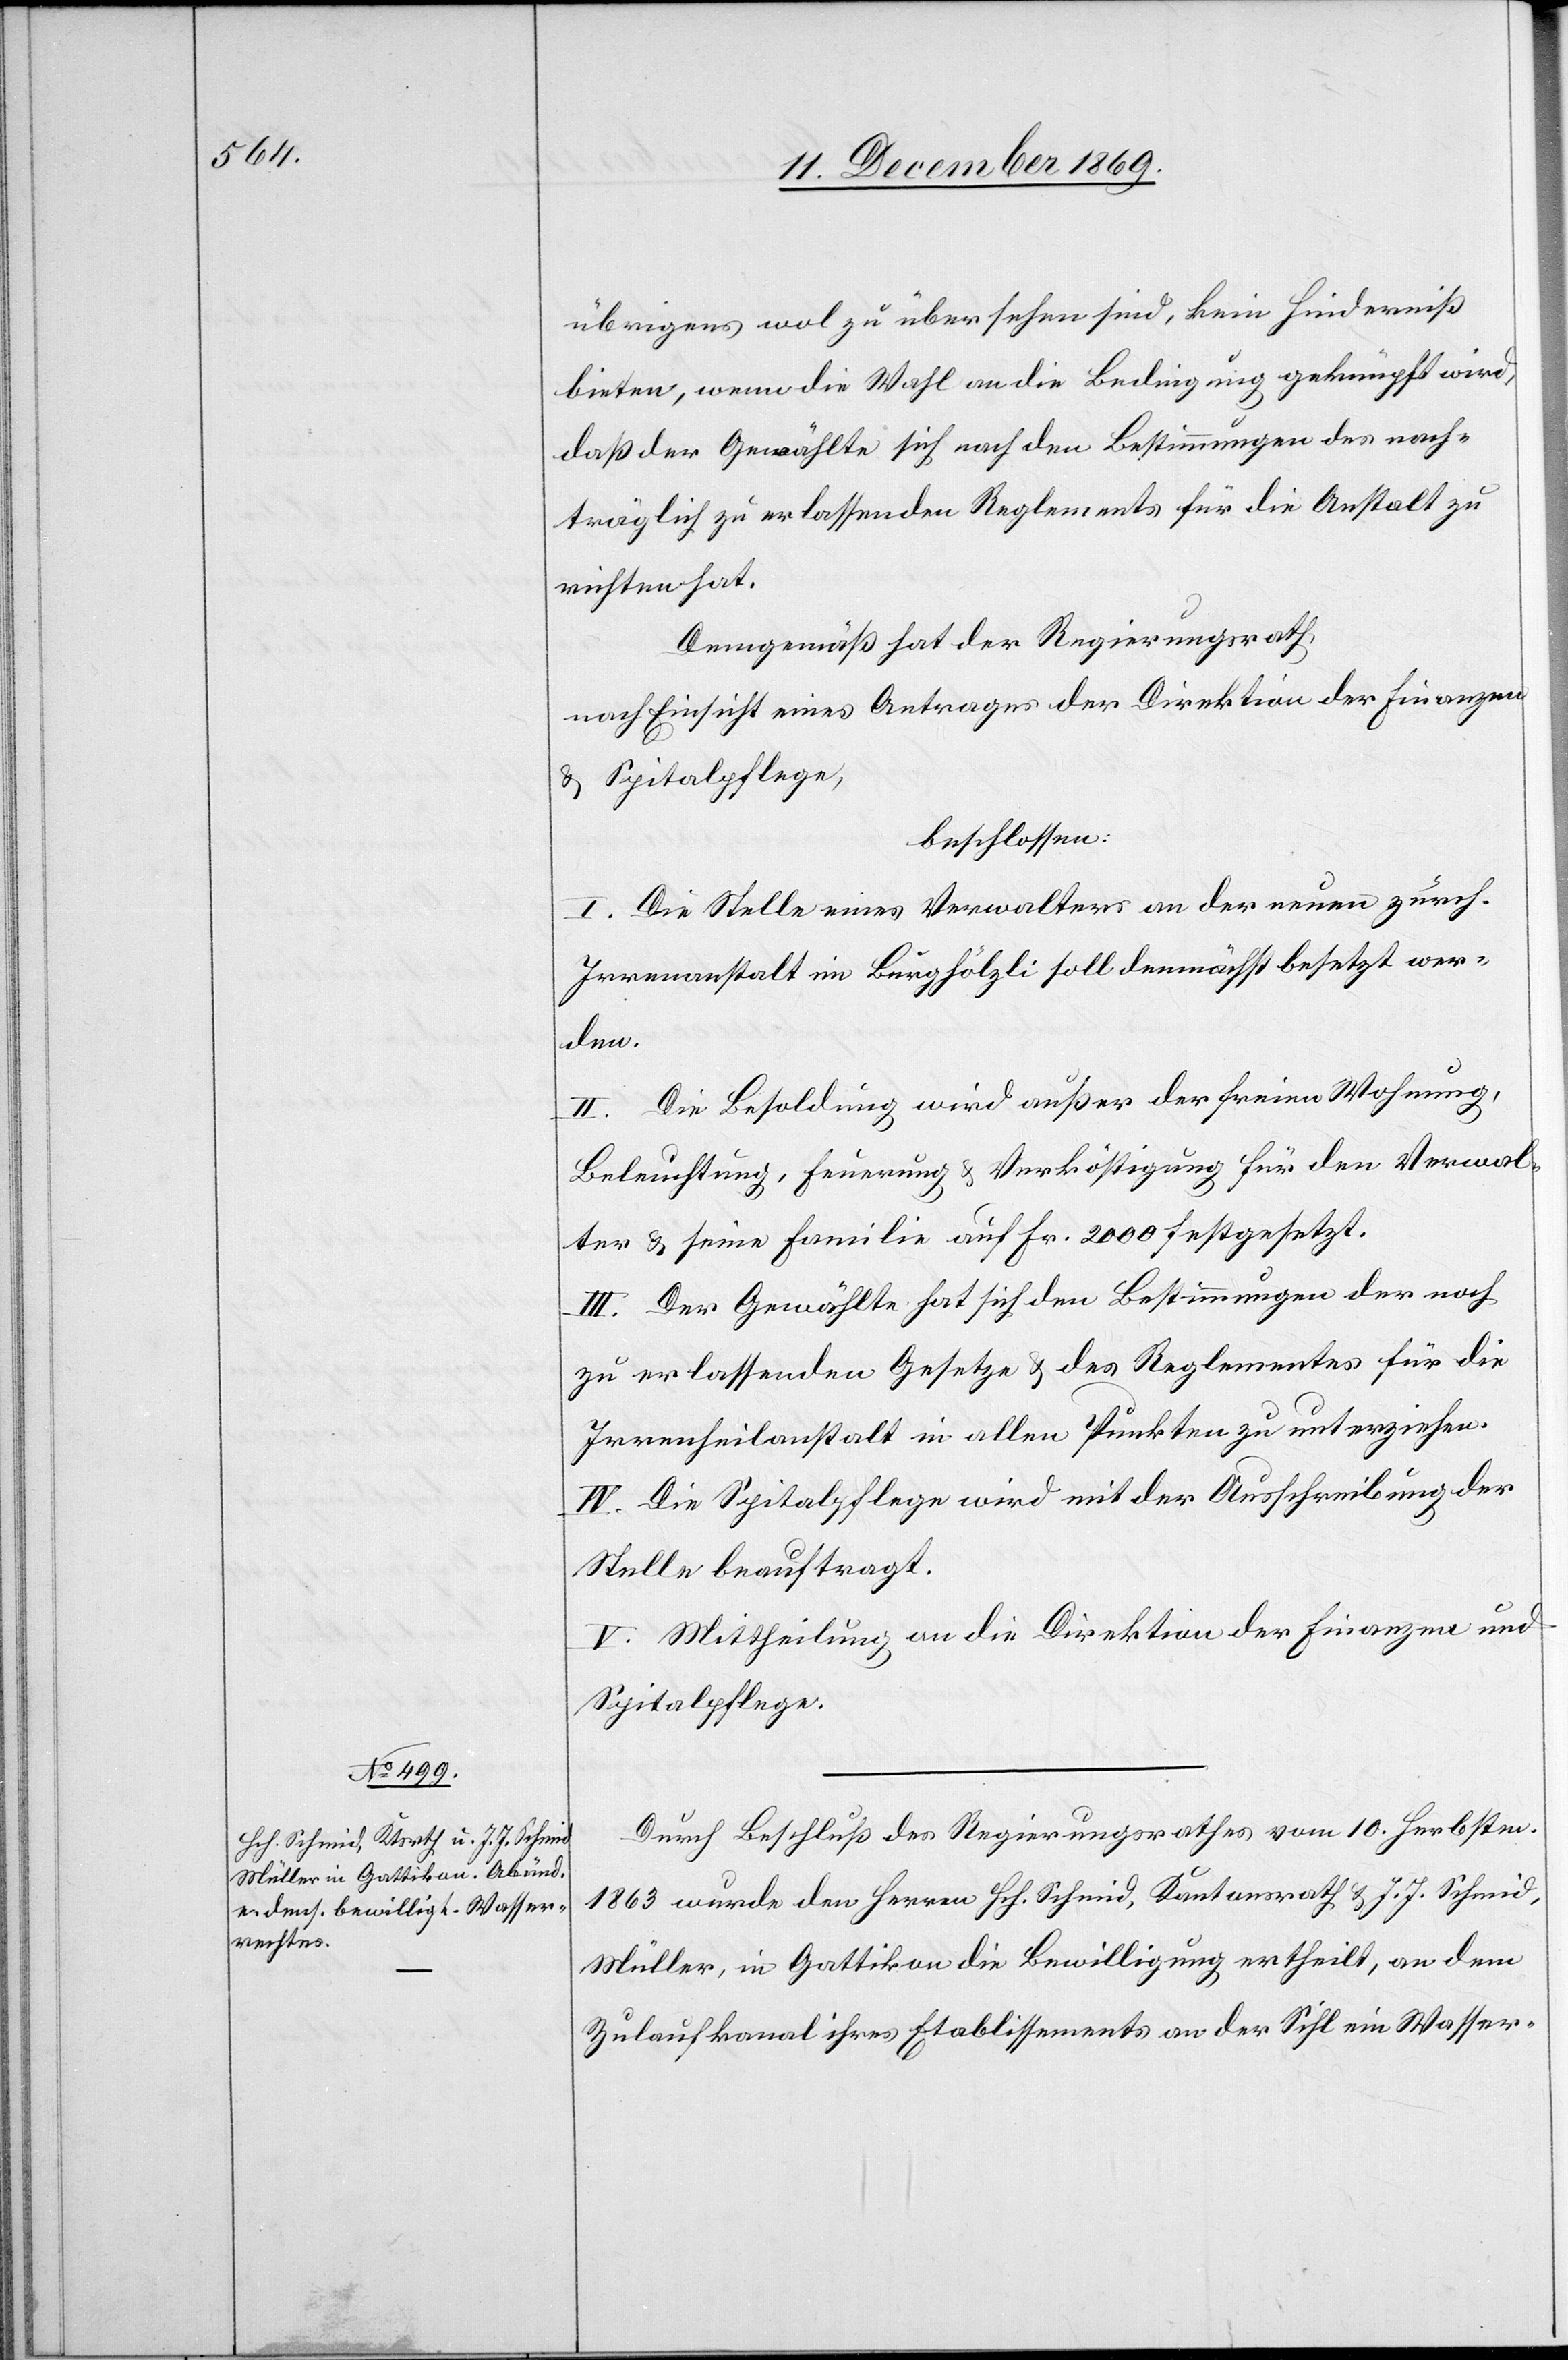
übrigens wol zu übersehen sind, kein Hinderniß
bieten, wenn die Wahl an die Bedingung geknüpft wird,
daß der Gewählte sich nach den Bestimmungen des nach¬
träglich zu erlassenden Reglements für die Anstalt zu
richten hat.
Demgemäß hat der Regierungsrath,
nach Einsicht eines Antrages der Direktion der Finanzen
& Spitalpflege,
beschlossen:
I. Die Stelle eines Verwalters an der neuen zürch.
Irrenanstalt im Burghölzli soll demnächst besetzt wer¬
den.
II. Die Besoldung wird außer der freien Wohnung,
Beleuchtung, Feuerung & Verköstigung für den Verwal¬
ter & seine Familie auf Fr. 2000 festgesetzt.
III. Der Gewählte hat sich den Bestimmungen der noch
zu erlassenden Gesetze & des Reglementes für die
Irrenheilanstalt in allen Punkten zu unterziehen.
IV. Die Spitalpflege wird mit der Ausschreibung der
Stelle beauftragt.
V. Mittheilung an die Direktion der Finanzen und
Spitalpflege.
Durch Beschluß des Regierungsrathes vom 10. Herbstm.
1863 wurde den Herren Hch. Schmid, Kantonsrath & J. J. Schmid,
Müller, in Gattikon die Bewilligung ertheilt, an dem
Zulaufkanal ihres Etablissements an der Sihl ein Wasser-